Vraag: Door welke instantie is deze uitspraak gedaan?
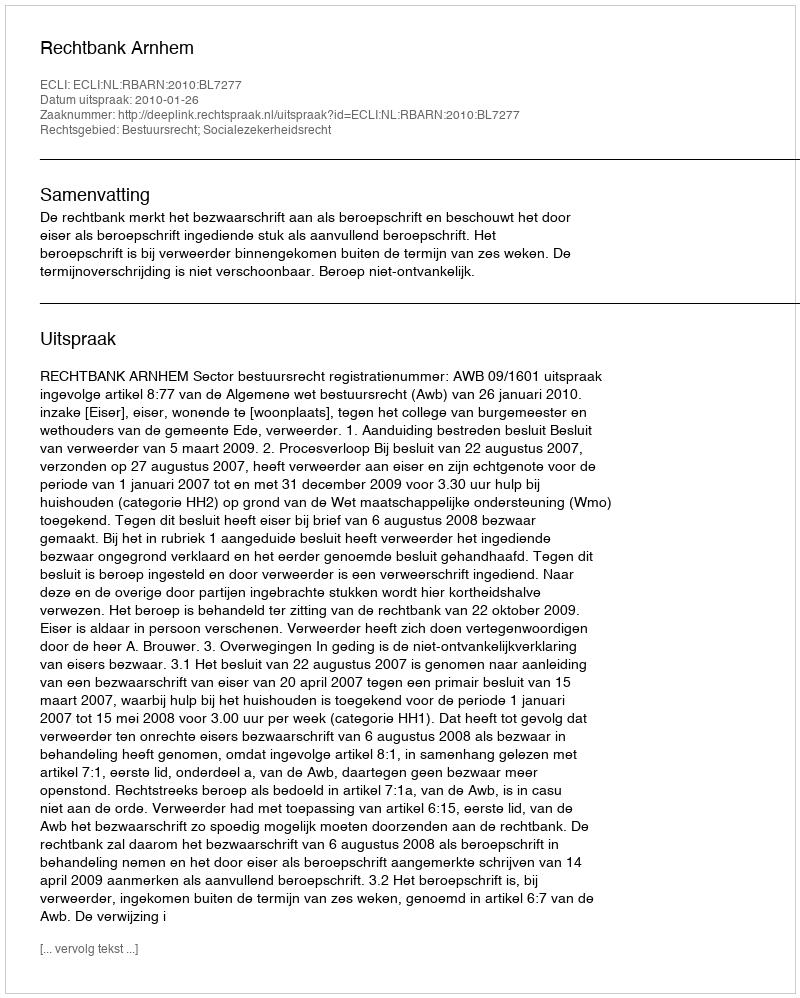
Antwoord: Rechtbank Arnhem